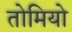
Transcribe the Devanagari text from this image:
तोमियो